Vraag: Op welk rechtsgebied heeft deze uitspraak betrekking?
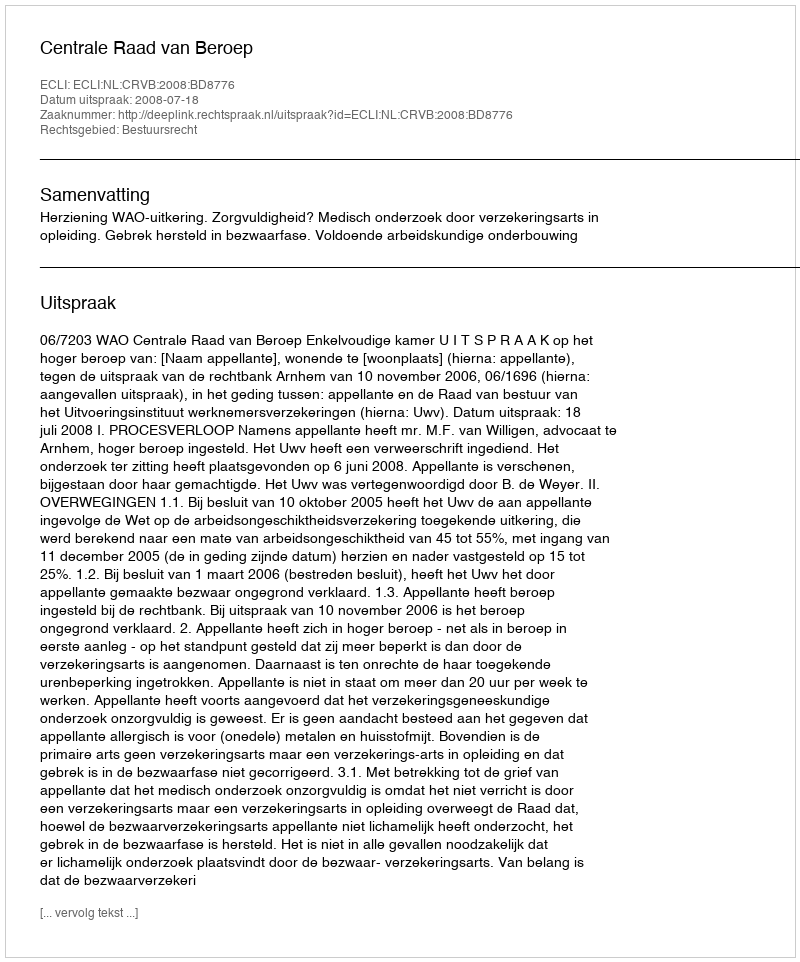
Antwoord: Bestuursrecht